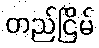
တည်ငြိမ်